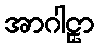
အာဂါဠှာ